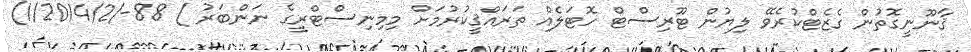
ޤާނޫނީގޮތުން ގެޒެޓްކުރެވޭ ލިޔުން ޓޫރިސްޓް ހޮޓަލެއް ތަރައްޤީކުރުމަށް މިމިނިސްޓްރީގެ ނަންބަރު ) 88-/1/2014/2)